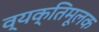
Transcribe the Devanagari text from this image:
व्यक्तिमूलक